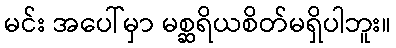
မင်း အပေါ်မှာ မစ္ဆရိယစိတ်မရှိပါဘူး။